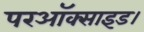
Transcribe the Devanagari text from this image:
परऑक्साइड।